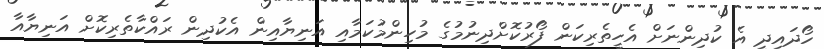
ހޯދައިދީ އެ ކުދިންނަށް އެހީތެރިކަން ފޯރުކޮށްދިނުމުގެ މުހިންމުކަމާއި އަނިޔާއިން އެކުދިން ރައްކާތެރިކޮށް އަނިޔާއާ